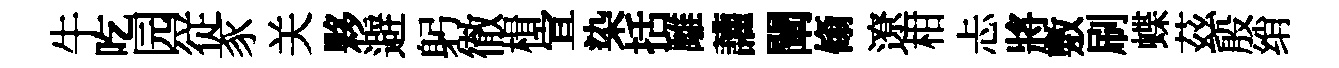
牛吃园従豕关夥避躬徹楫宣染括𩀌讙闡翛遼柑忐將敷刷蝶茲殷绡